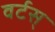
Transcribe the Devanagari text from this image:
वर्टस्